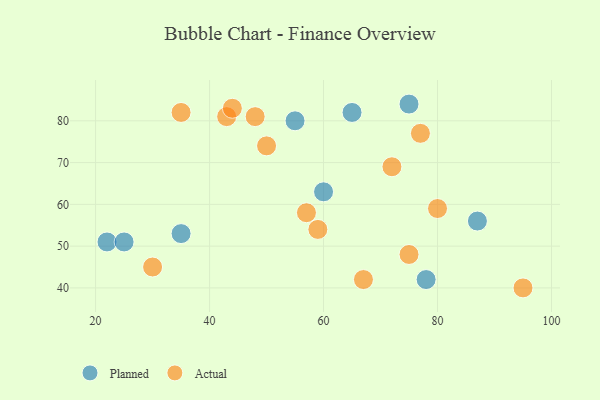
{"axis": {"x": "GDP", "y": "Life Expectancy"}, "legend": ["Actual", "Planned"], "data": [{"x": "87", "y": 56, "type": "Planned"}, {"x": "22", "y": 51, "type": "Planned"}, {"x": "25", "y": 51, "type": "Planned"}, {"x": "55", "y": 80, "type": "Planned"}, {"x": "75", "y": 84, "type": "Planned"}, {"x": "78", "y": 42, "type": "Planned"}, {"x": "35", "y": 53, "type": "Planned"}, {"x": "60", "y": 63, "type": "Planned"}, {"x": "65", "y": 82, "type": "Planned"}, {"x": "80", "y": 59, "type": "Actual"}, {"x": "59", "y": 54, "type": "Actual"}, {"x": "57", "y": 58, "type": "Actual"}, {"x": "95", "y": 40, "type": "Actual"}, {"x": "67", "y": 42, "type": "Actual"}, {"x": "35", "y": 82, "type": "Actual"}, {"x": "30", "y": 45, "type": "Actual"}, {"x": "72", "y": 69, "type": "Actual"}, {"x": "77", "y": 77, "type": "Actual"}, {"x": "75", "y": 48, "type": "Actual"}, {"x": "43", "y": 81, "type": "Actual"}, {"x": "44", "y": 83, "type": "Actual"}, {"x": "48", "y": 81, "type": "Actual"}, {"x": "50", "y": 74, "type": "Actual"}]}